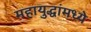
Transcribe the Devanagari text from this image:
महायुद्धांमध्ये